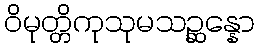
ဝိမုတ္တိကုသုမသဉ္ဆန္နော